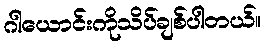
ဂါယောင်းကိုသိပ်ချစ်ပါတယ်။